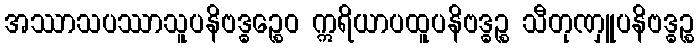
အဿာသပဿာသူပနိဗဒ္ဓဉ္စေဝ ဣရိယာပထူပနိဗဒ္ဓဉ္စ သီတုဏှူပနိဗဒ္ဓဉ္စ